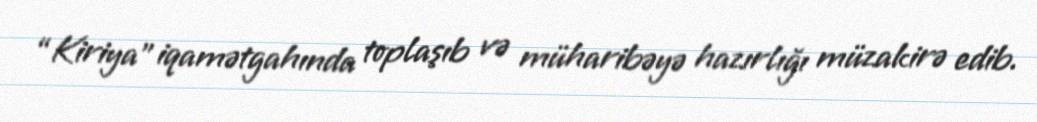
“Kiriya” iqamətgahında toplaşıb və müharibəyə hazırlığı müzakirə edib.